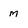
Character: m